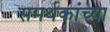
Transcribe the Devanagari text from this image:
समर्थकांच्या